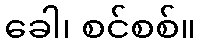
ခေါ၊ စင်စစ်။